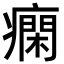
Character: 𤺛